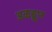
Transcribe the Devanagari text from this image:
अळङ्कार